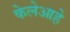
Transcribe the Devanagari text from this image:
केलेआहे